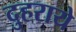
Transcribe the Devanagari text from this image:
दुहराये